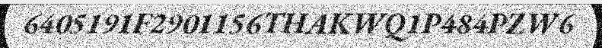
6405191F2901156THAKWQ1P484PZW6